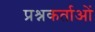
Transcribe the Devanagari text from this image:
प्रश्नकर्ताओं